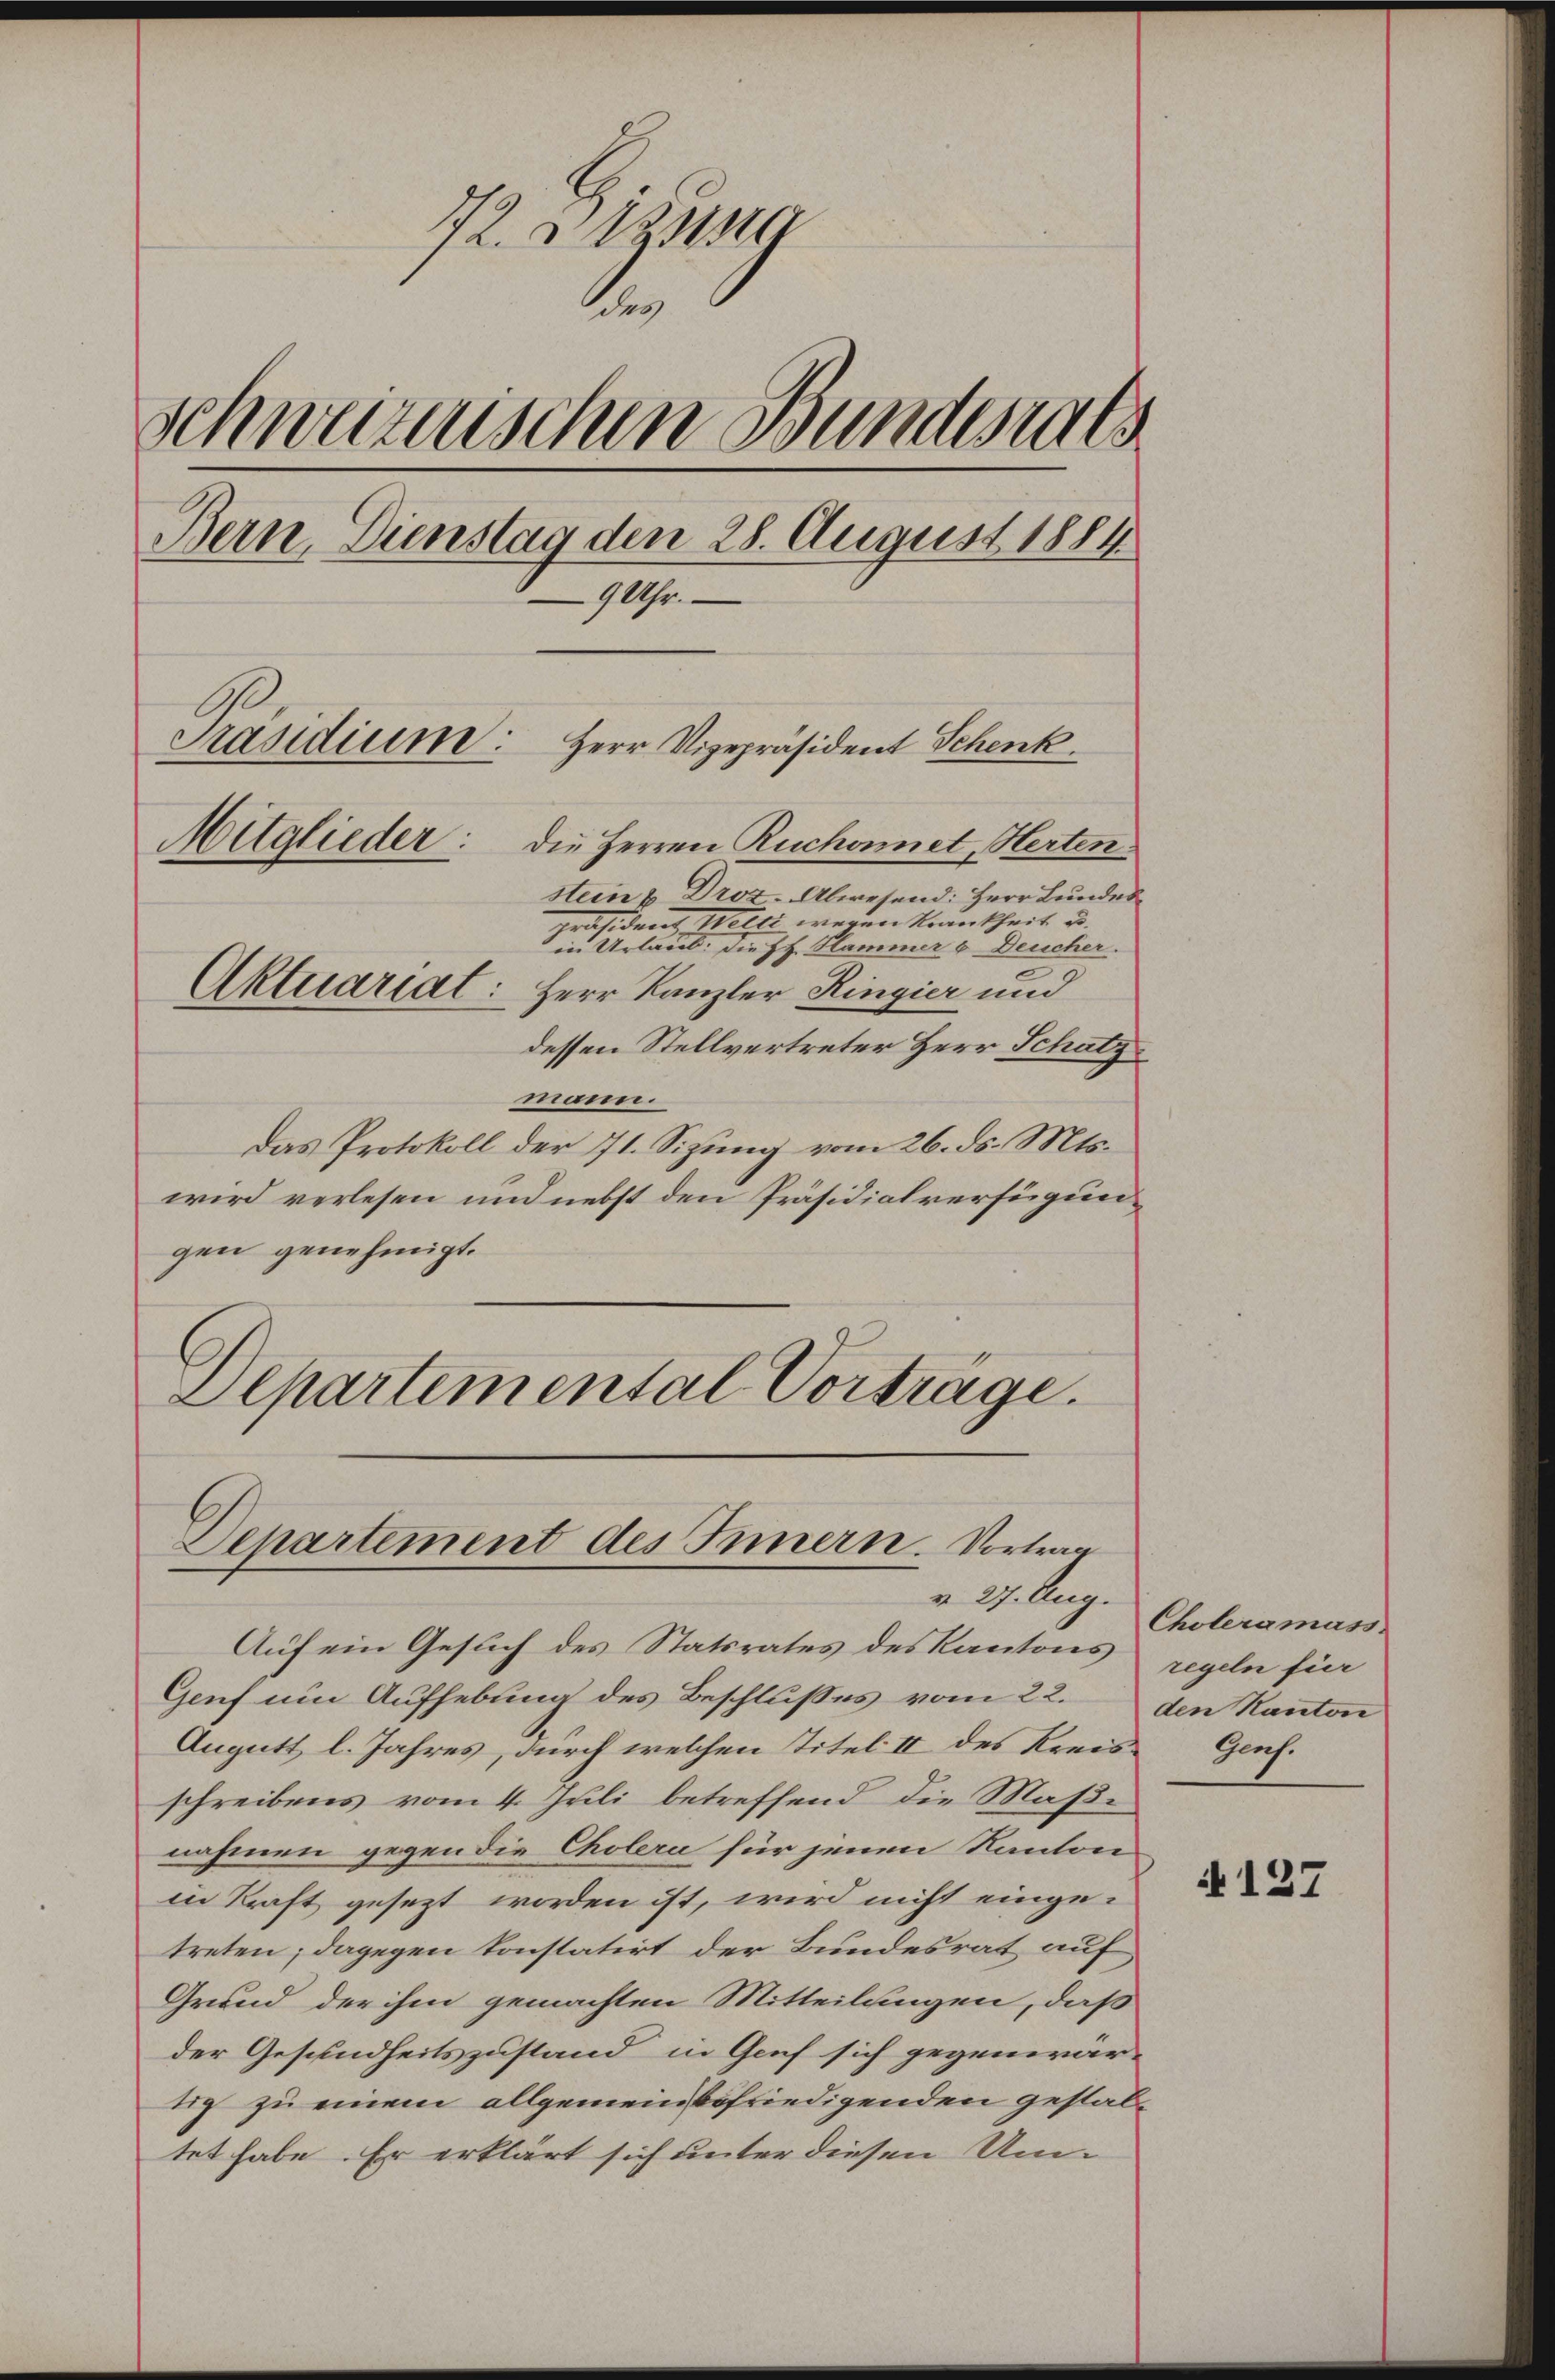
772. Bezug
d
Schweizerischen Bundesrats
Bern, Dienstag den 28. August 1884.
9 Uhr.
Präsidium:
Herr Vizepräsident Schenk.
Mitglieder:
Die Herren Ruchonnet, Herten
stein u. Droz. Abwesend: Herr Bundes
Präsiden, Wolfe er erkrankheit u. |
in Urlaub. Die Ph. Hammer von Deucher.
e
Aktuariat: Herr Kanzler Ringier und
dessen Stellvertreter Herr Schatz

mann.
Das Protokoll der 71. Sizung vom 26. ds. Mts.
wird verlesen und nebst den Präsidialverfügungen genehmigt.
Departemental Vorträge.

Departement des Innern. Vortrag
v 27. Aug.

Auf ein Gesuch des Statsrates des Kantons regeln für
Genf um Aufhebung des Beschlußes vom 22. den Kanton
Angutt l. Jahres, durch welchen Titel II des Kreis- Genf.
schreibens vom 4. Juli betreffend die Maßi
nahmen gegen die Cholera für jenen Kanton
in Kraft gesezt worden ist, wird nicht eingetreten; dagegen konstatirt der Bundesrat auf
Grund der ihm gemachten Mitteilungen, daß
der Gesundheitszustand in Genf sich gegenwär-
tig zu einem allgemein befriedigenden gestaltet habe. Er erklärt sich unter diesen Um¬

Choleramass

i 127